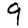
Digit: 9